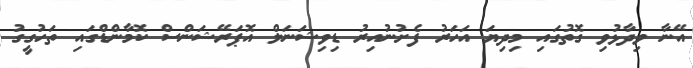
އޭނާ ވިދާޅުވި ގޮތުގައި މިދިޔަ އަހަރު ފެށުނުއިރު ޑިވިޝަނަލް އޮޕަރޭޝަންސް ކޮމާންޑްގައި ތަހުގީގު